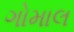
ગોમાલ